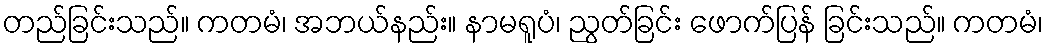
တည်ခြင်းသည်။ ကတမံ၊ အဘယ်နည်း။ နာမရူပံ၊ ညွတ်ခြင်း ဖောက်ပြန် ခြင်းသည်။ ကတမံ၊